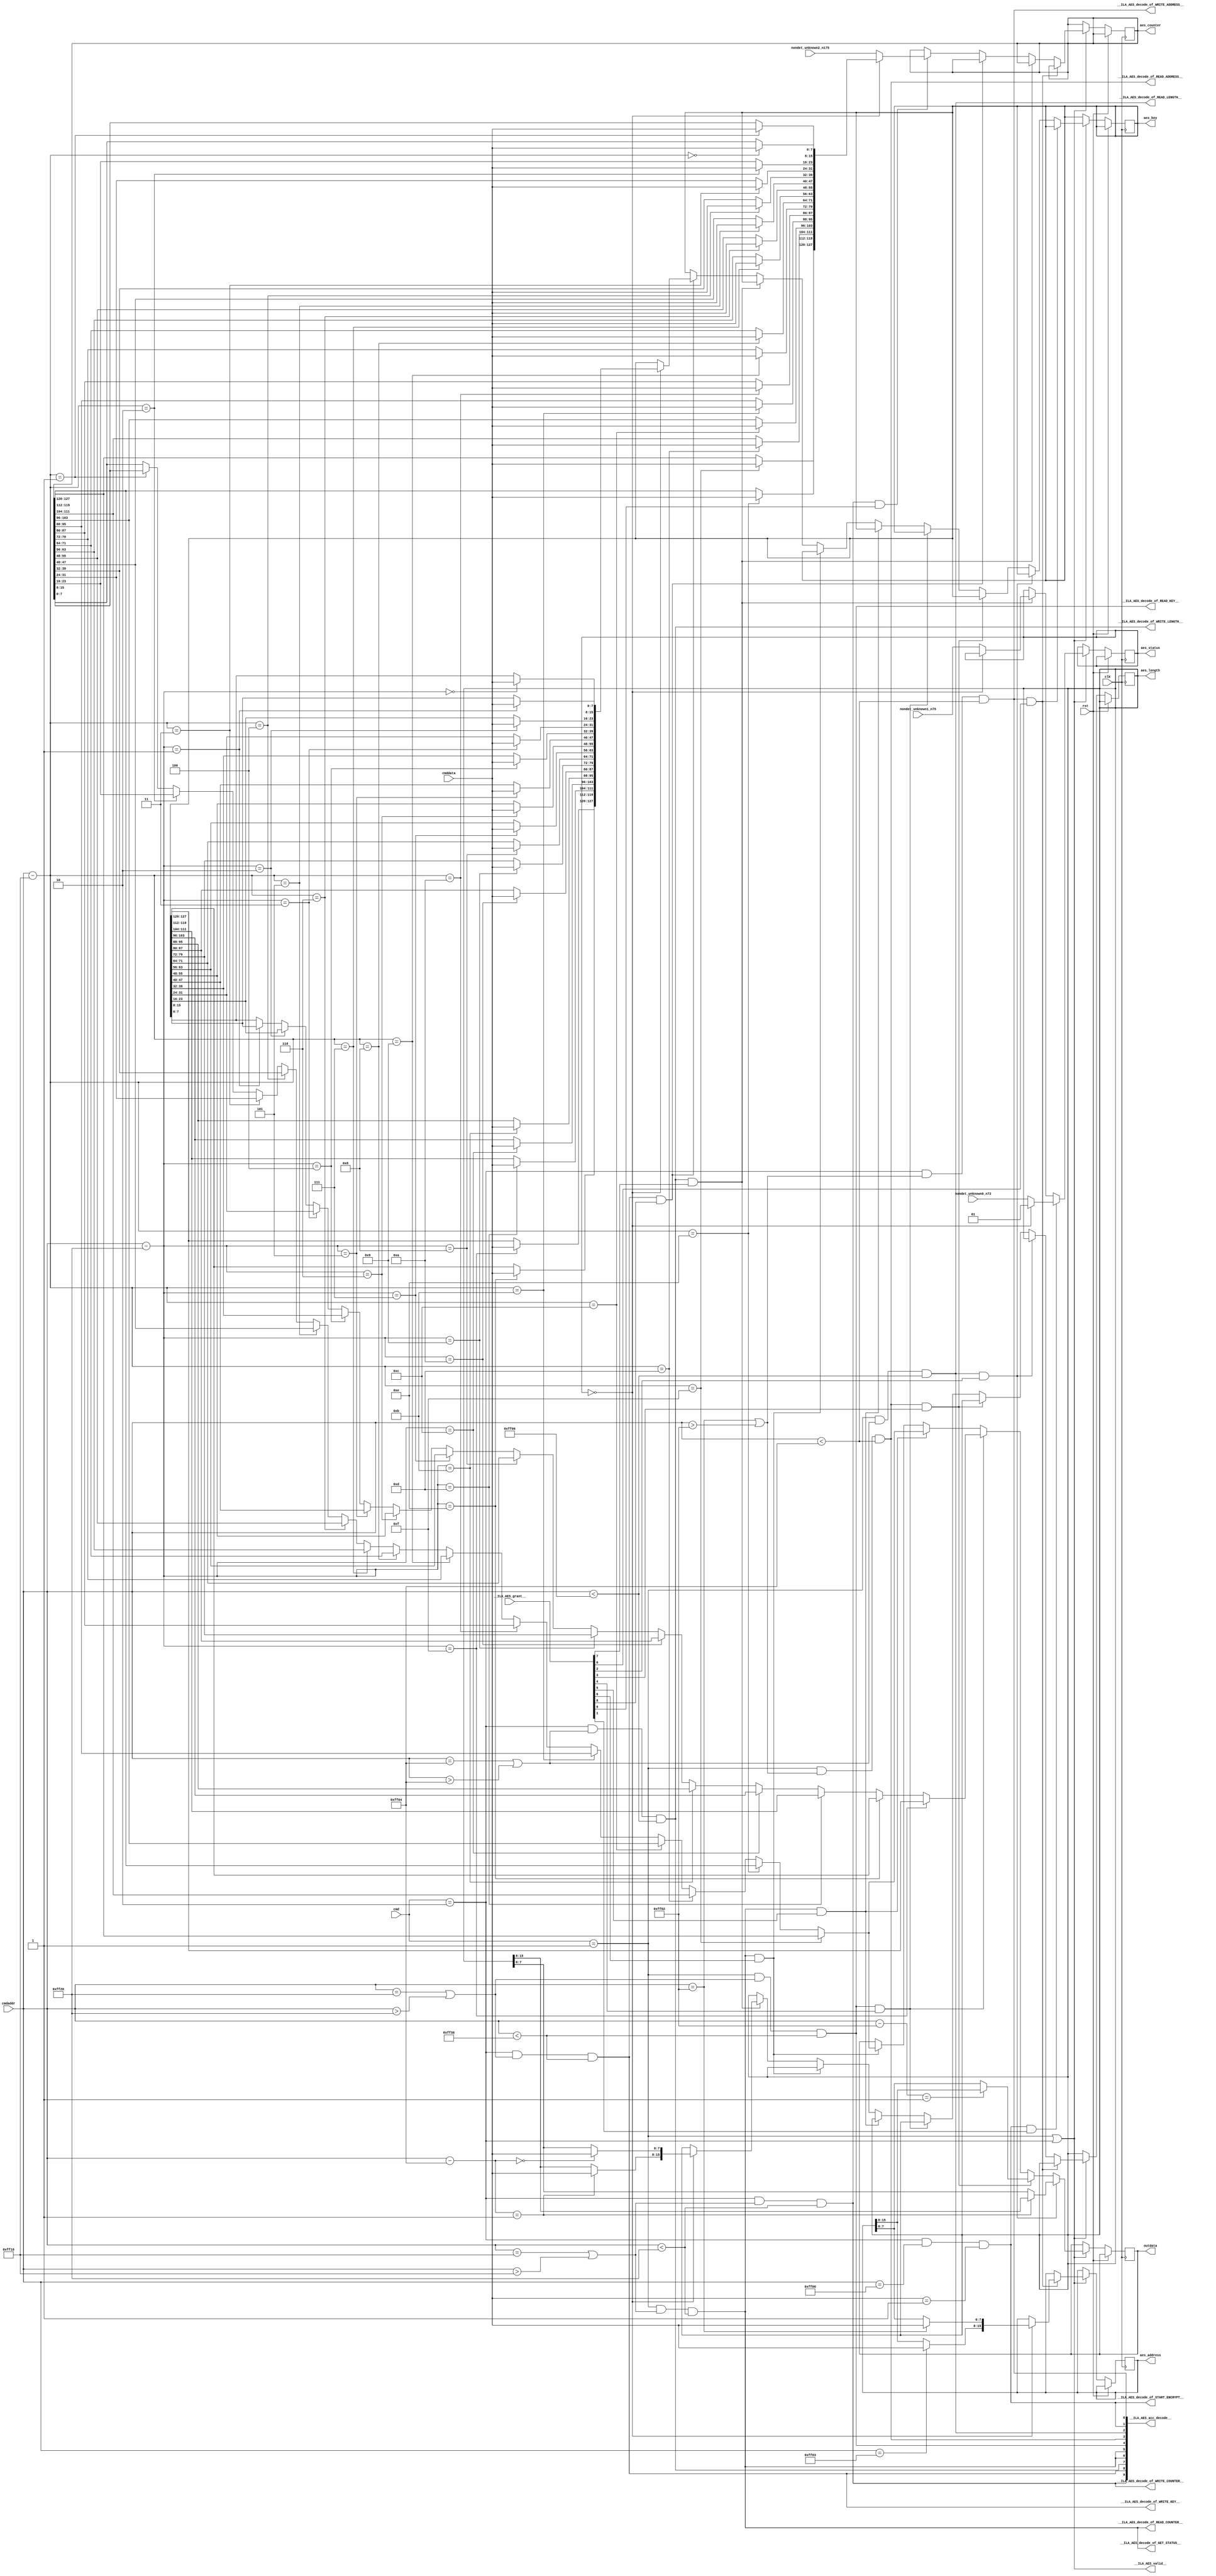
module AES(
__ILA_AES_grant__,
clk,
cmd,
cmdaddr,
cmddata,
nondet_unknown0_n72,
nondet_unknown1_n75,
nondet_unknown2_n175,
rst,
__ILA_AES_acc_decode__,
__ILA_AES_decode_of_GET_STATUS__,
__ILA_AES_decode_of_READ_ADDRESS__,
__ILA_AES_decode_of_READ_COUNTER__,
__ILA_AES_decode_of_READ_KEY__,
__ILA_AES_decode_of_READ_LENGTH__,
__ILA_AES_decode_of_START_ENCRYPT__,
__ILA_AES_decode_of_WRITE_ADDRESS__,
__ILA_AES_decode_of_WRITE_COUNTER__,
__ILA_AES_decode_of_WRITE_KEY__,
__ILA_AES_decode_of_WRITE_LENGTH__,
__ILA_AES_valid__,
aes_status,
aes_address,
aes_length,
aes_counter,
aes_key,
outdata
);
input      [9:0] __ILA_AES_grant__;
input            clk;
input      [1:0] cmd;
input     [15:0] cmdaddr;
input      [7:0] cmddata;
input      [1:0] nondet_unknown0_n72;
input      [1:0] nondet_unknown1_n75;
input    [127:0] nondet_unknown2_n175;
input            rst;
output      [9:0] __ILA_AES_acc_decode__;
output            __ILA_AES_decode_of_GET_STATUS__;
output            __ILA_AES_decode_of_READ_ADDRESS__;
output            __ILA_AES_decode_of_READ_COUNTER__;
output            __ILA_AES_decode_of_READ_KEY__;
output            __ILA_AES_decode_of_READ_LENGTH__;
output            __ILA_AES_decode_of_START_ENCRYPT__;
output            __ILA_AES_decode_of_WRITE_ADDRESS__;
output            __ILA_AES_decode_of_WRITE_COUNTER__;
output            __ILA_AES_decode_of_WRITE_KEY__;
output            __ILA_AES_decode_of_WRITE_LENGTH__;
output            __ILA_AES_valid__;
output reg      [1:0] aes_status;
output reg     [15:0] aes_address;
output reg     [15:0] aes_length;
output reg    [127:0] aes_counter;
output reg    [127:0] aes_key;
output reg      [7:0] outdata;
wire      [9:0] __ILA_AES_acc_decode__;
wire            __ILA_AES_decode_of_GET_STATUS__;
wire            __ILA_AES_decode_of_READ_ADDRESS__;
wire            __ILA_AES_decode_of_READ_COUNTER__;
wire            __ILA_AES_decode_of_READ_KEY__;
wire            __ILA_AES_decode_of_READ_LENGTH__;
wire            __ILA_AES_decode_of_START_ENCRYPT__;
wire            __ILA_AES_decode_of_WRITE_ADDRESS__;
wire            __ILA_AES_decode_of_WRITE_COUNTER__;
wire            __ILA_AES_decode_of_WRITE_KEY__;
wire            __ILA_AES_decode_of_WRITE_LENGTH__;
wire      [9:0] __ILA_AES_grant__;
wire            __ILA_AES_valid__;
wire            clk;
wire      [1:0] cmd;
wire     [15:0] cmdaddr;
wire      [7:0] cmddata;
wire            n0;
wire            n1;
wire            n10;
wire     [15:0] n100;
wire            n101;
wire      [7:0] n102;
wire      [7:0] n103;
wire     [15:0] n104;
wire            n105;
wire      [7:0] n106;
wire      [7:0] n107;
wire     [15:0] n108;
wire            n109;
wire            n11;
wire      [7:0] n110;
wire      [7:0] n111;
wire     [15:0] n112;
wire            n113;
wire      [7:0] n114;
wire      [7:0] n115;
wire     [15:0] n116;
wire            n117;
wire      [7:0] n118;
wire      [7:0] n119;
wire            n12;
wire     [15:0] n120;
wire            n121;
wire      [7:0] n122;
wire      [7:0] n123;
wire     [15:0] n124;
wire            n125;
wire      [7:0] n126;
wire      [7:0] n127;
wire     [15:0] n128;
wire            n129;
wire            n13;
wire      [7:0] n130;
wire      [7:0] n131;
wire     [15:0] n132;
wire            n133;
wire      [7:0] n134;
wire      [7:0] n135;
wire     [15:0] n136;
wire            n137;
wire      [7:0] n138;
wire      [7:0] n139;
wire            n14;
wire     [15:0] n140;
wire            n141;
wire      [7:0] n142;
wire      [7:0] n143;
wire     [15:0] n144;
wire            n145;
wire      [7:0] n146;
wire      [7:0] n147;
wire     [15:0] n148;
wire            n149;
wire            n15;
wire      [7:0] n150;
wire      [7:0] n151;
wire     [15:0] n152;
wire            n153;
wire      [7:0] n154;
wire      [7:0] n155;
wire     [15:0] n156;
wire            n157;
wire      [7:0] n158;
wire      [7:0] n159;
wire            n16;
wire     [15:0] n160;
wire     [23:0] n161;
wire     [31:0] n162;
wire     [39:0] n163;
wire     [47:0] n164;
wire     [55:0] n165;
wire     [63:0] n166;
wire     [71:0] n167;
wire     [79:0] n168;
wire     [87:0] n169;
wire            n17;
wire     [95:0] n170;
wire    [103:0] n171;
wire    [111:0] n172;
wire    [119:0] n173;
wire    [127:0] n174;
wire    [127:0] n176;
wire    [127:0] n177;
wire     [15:0] n178;
wire            n179;
wire            n18;
wire      [7:0] n180;
wire      [7:0] n181;
wire     [15:0] n182;
wire            n183;
wire      [7:0] n184;
wire      [7:0] n185;
wire     [15:0] n186;
wire            n187;
wire      [7:0] n188;
wire      [7:0] n189;
wire            n19;
wire     [15:0] n190;
wire            n191;
wire      [7:0] n192;
wire      [7:0] n193;
wire     [15:0] n194;
wire            n195;
wire      [7:0] n196;
wire      [7:0] n197;
wire     [15:0] n198;
wire            n199;
wire            n2;
wire            n20;
wire      [7:0] n200;
wire      [7:0] n201;
wire     [15:0] n202;
wire            n203;
wire      [7:0] n204;
wire      [7:0] n205;
wire     [15:0] n206;
wire            n207;
wire      [7:0] n208;
wire      [7:0] n209;
wire            n21;
wire     [15:0] n210;
wire            n211;
wire      [7:0] n212;
wire      [7:0] n213;
wire     [15:0] n214;
wire            n215;
wire      [7:0] n216;
wire      [7:0] n217;
wire     [15:0] n218;
wire            n219;
wire            n22;
wire      [7:0] n220;
wire      [7:0] n221;
wire     [15:0] n222;
wire            n223;
wire      [7:0] n224;
wire      [7:0] n225;
wire     [15:0] n226;
wire            n227;
wire      [7:0] n228;
wire      [7:0] n229;
wire            n23;
wire     [15:0] n230;
wire            n231;
wire      [7:0] n232;
wire      [7:0] n233;
wire     [15:0] n234;
wire            n235;
wire      [7:0] n236;
wire      [7:0] n237;
wire     [15:0] n238;
wire            n239;
wire            n24;
wire      [7:0] n240;
wire      [7:0] n241;
wire     [15:0] n242;
wire     [23:0] n243;
wire     [31:0] n244;
wire     [39:0] n245;
wire     [47:0] n246;
wire     [55:0] n247;
wire     [63:0] n248;
wire     [71:0] n249;
wire            n25;
wire     [79:0] n250;
wire     [87:0] n251;
wire     [95:0] n252;
wire    [103:0] n253;
wire    [111:0] n254;
wire    [119:0] n255;
wire    [127:0] n256;
wire    [127:0] n257;
wire     [15:0] n258;
wire            n259;
wire            n26;
wire      [7:0] n260;
wire      [7:0] n261;
wire      [7:0] n262;
wire     [15:0] n263;
wire            n264;
wire      [7:0] n265;
wire      [7:0] n266;
wire      [7:0] n267;
wire     [15:0] n268;
wire            n269;
wire            n27;
wire      [7:0] n270;
wire     [15:0] n271;
wire            n272;
wire      [7:0] n273;
wire     [15:0] n274;
wire            n275;
wire      [7:0] n276;
wire     [15:0] n277;
wire            n278;
wire      [7:0] n279;
wire            n28;
wire     [15:0] n280;
wire            n281;
wire      [7:0] n282;
wire     [15:0] n283;
wire            n284;
wire      [7:0] n285;
wire     [15:0] n286;
wire            n287;
wire      [7:0] n288;
wire     [15:0] n289;
wire            n29;
wire            n290;
wire      [7:0] n291;
wire     [15:0] n292;
wire            n293;
wire      [7:0] n294;
wire     [15:0] n295;
wire            n296;
wire      [7:0] n297;
wire     [15:0] n298;
wire            n299;
wire            n3;
wire            n30;
wire      [7:0] n300;
wire     [15:0] n301;
wire            n302;
wire      [7:0] n303;
wire     [15:0] n304;
wire            n305;
wire      [7:0] n306;
wire     [15:0] n307;
wire            n308;
wire      [7:0] n309;
wire            n31;
wire     [15:0] n310;
wire            n311;
wire      [7:0] n312;
wire      [7:0] n313;
wire      [7:0] n314;
wire      [7:0] n315;
wire      [7:0] n316;
wire      [7:0] n317;
wire      [7:0] n318;
wire      [7:0] n319;
wire            n32;
wire      [7:0] n320;
wire      [7:0] n321;
wire      [7:0] n322;
wire      [7:0] n323;
wire      [7:0] n324;
wire      [7:0] n325;
wire      [7:0] n326;
wire      [7:0] n327;
wire      [7:0] n328;
wire     [15:0] n329;
wire            n33;
wire            n330;
wire      [7:0] n331;
wire     [15:0] n332;
wire            n333;
wire      [7:0] n334;
wire     [15:0] n335;
wire            n336;
wire      [7:0] n337;
wire     [15:0] n338;
wire            n339;
wire            n34;
wire      [7:0] n340;
wire     [15:0] n341;
wire            n342;
wire      [7:0] n343;
wire     [15:0] n344;
wire            n345;
wire      [7:0] n346;
wire     [15:0] n347;
wire            n348;
wire      [7:0] n349;
wire            n35;
wire     [15:0] n350;
wire            n351;
wire      [7:0] n352;
wire     [15:0] n353;
wire            n354;
wire      [7:0] n355;
wire     [15:0] n356;
wire            n357;
wire      [7:0] n358;
wire     [15:0] n359;
wire            n36;
wire            n360;
wire      [7:0] n361;
wire     [15:0] n362;
wire            n363;
wire      [7:0] n364;
wire     [15:0] n365;
wire            n366;
wire      [7:0] n367;
wire     [15:0] n368;
wire            n369;
wire            n37;
wire      [7:0] n370;
wire     [15:0] n371;
wire            n372;
wire      [7:0] n373;
wire      [7:0] n374;
wire      [7:0] n375;
wire      [7:0] n376;
wire      [7:0] n377;
wire      [7:0] n378;
wire      [7:0] n379;
wire            n38;
wire      [7:0] n380;
wire      [7:0] n381;
wire      [7:0] n382;
wire      [7:0] n383;
wire      [7:0] n384;
wire      [7:0] n385;
wire      [7:0] n386;
wire      [7:0] n387;
wire      [7:0] n388;
wire      [7:0] n389;
wire            n39;
wire     [15:0] n390;
wire            n391;
wire      [7:0] n392;
wire     [15:0] n393;
wire            n394;
wire      [7:0] n395;
wire     [15:0] n396;
wire            n397;
wire      [7:0] n398;
wire     [15:0] n399;
wire            n4;
wire            n40;
wire            n400;
wire      [7:0] n401;
wire     [15:0] n402;
wire            n403;
wire      [7:0] n404;
wire     [15:0] n405;
wire            n406;
wire      [7:0] n407;
wire     [15:0] n408;
wire            n409;
wire            n41;
wire      [7:0] n410;
wire     [15:0] n411;
wire            n412;
wire      [7:0] n413;
wire     [15:0] n414;
wire            n415;
wire      [7:0] n416;
wire     [15:0] n417;
wire            n418;
wire      [7:0] n419;
wire            n42;
wire     [15:0] n420;
wire            n421;
wire      [7:0] n422;
wire     [15:0] n423;
wire            n424;
wire      [7:0] n425;
wire     [15:0] n426;
wire            n427;
wire      [7:0] n428;
wire     [15:0] n429;
wire            n43;
wire            n430;
wire      [7:0] n431;
wire     [15:0] n432;
wire            n433;
wire      [7:0] n434;
wire      [7:0] n435;
wire      [7:0] n436;
wire      [7:0] n437;
wire      [7:0] n438;
wire      [7:0] n439;
wire            n44;
wire      [7:0] n440;
wire      [7:0] n441;
wire      [7:0] n442;
wire      [7:0] n443;
wire      [7:0] n444;
wire      [7:0] n445;
wire      [7:0] n446;
wire      [7:0] n447;
wire      [7:0] n448;
wire      [7:0] n449;
wire            n45;
wire      [7:0] n450;
wire            n46;
wire            n47;
wire            n48;
wire            n49;
wire            n5;
wire            n50;
wire            n51;
wire            n52;
wire            n53;
wire            n54;
wire            n55;
wire            n56;
wire            n57;
wire            n58;
wire            n59;
wire            n6;
wire            n60;
wire            n61;
wire            n62;
wire            n63;
wire            n64;
wire            n65;
wire            n66;
wire            n67;
wire            n68;
wire            n69;
wire            n7;
wire            n70;
wire            n71;
wire      [1:0] n73;
wire      [1:0] n74;
wire      [1:0] n76;
wire      [1:0] n77;
wire            n78;
wire      [7:0] n79;
wire            n8;
wire      [7:0] n80;
wire            n81;
wire      [7:0] n82;
wire      [7:0] n83;
wire     [15:0] n84;
wire     [15:0] n85;
wire     [15:0] n86;
wire            n87;
wire      [7:0] n88;
wire      [7:0] n89;
wire            n9;
wire     [15:0] n90;
wire            n91;
wire      [7:0] n92;
wire      [7:0] n93;
wire     [15:0] n94;
wire     [15:0] n95;
wire     [15:0] n96;
wire            n97;
wire      [7:0] n98;
wire      [7:0] n99;
wire      [1:0] nondet_unknown0_n72;
wire      [1:0] nondet_unknown1_n75;
wire    [127:0] nondet_unknown2_n175;
wire            rst;
assign n0 =  ( cmd ) == ( 2'd1 )  ;
assign n1 =  ( cmd ) == ( 2'd2 )  ;
assign n2 =  ( n0 ) | ( n1 )  ;
assign __ILA_AES_valid__ = n2 ;
assign n3 =  ( cmd ) == ( 2'd2 )  ;
assign n4 =  ( cmdaddr ) == ( 16'd65282 )  ;
assign n5 =  ( cmdaddr ) > ( 16'd65282 )  ;
assign n6 =  ( n4 ) | ( n5 )  ;
assign n7 =  ( n3 ) & (n6 )  ;
assign n8 =  ( cmdaddr ) < ( 16'd65284 )  ;
assign n9 =  ( n7 ) & (n8 )  ;
assign __ILA_AES_decode_of_WRITE_ADDRESS__ = n9 ;
assign __ILA_AES_acc_decode__[0] = __ILA_AES_decode_of_WRITE_ADDRESS__ ;
assign n10 =  ( cmd ) == ( 2'd2 )  ;
assign n11 =  ( cmdaddr ) == ( 16'd65280 )  ;
assign n12 =  ( n10 ) & (n11 )  ;
assign n13 =  ( cmddata ) == ( 8'd1 )  ;
assign n14 =  ( n12 ) & (n13 )  ;
assign __ILA_AES_decode_of_START_ENCRYPT__ = n14 ;
assign __ILA_AES_acc_decode__[1] = __ILA_AES_decode_of_START_ENCRYPT__ ;
assign n15 =  ( cmd ) == ( 2'd1 )  ;
assign n16 =  ( cmdaddr ) == ( 16'd65284 )  ;
assign n17 =  ( cmdaddr ) > ( 16'd65284 )  ;
assign n18 =  ( n16 ) | ( n17 )  ;
assign n19 =  ( n15 ) & (n18 )  ;
assign n20 =  ( cmdaddr ) < ( 16'd65286 )  ;
assign n21 =  ( n19 ) & (n20 )  ;
assign __ILA_AES_decode_of_READ_LENGTH__ = n21 ;
assign __ILA_AES_acc_decode__[2] = __ILA_AES_decode_of_READ_LENGTH__ ;
assign n22 =  ( cmd ) == ( 2'd1 )  ;
assign n23 =  ( cmdaddr ) == ( 16'd65282 )  ;
assign n24 =  ( cmdaddr ) > ( 16'd65282 )  ;
assign n25 =  ( n23 ) | ( n24 )  ;
assign n26 =  ( n22 ) & (n25 )  ;
assign n27 =  ( cmdaddr ) < ( 16'd65284 )  ;
assign n28 =  ( n26 ) & (n27 )  ;
assign __ILA_AES_decode_of_READ_ADDRESS__ = n28 ;
assign __ILA_AES_acc_decode__[3] = __ILA_AES_decode_of_READ_ADDRESS__ ;
assign n29 =  ( cmd ) == ( 2'd1 )  ;
assign n30 =  ( cmdaddr ) == ( 16'd65312 )  ;
assign n31 =  ( cmdaddr ) > ( 16'd65312 )  ;
assign n32 =  ( n30 ) | ( n31 )  ;
assign n33 =  ( n29 ) & (n32 )  ;
assign n34 =  ( cmdaddr ) < ( 16'd65328 )  ;
assign n35 =  ( n33 ) & (n34 )  ;
assign __ILA_AES_decode_of_READ_KEY__ = n35 ;
assign __ILA_AES_acc_decode__[4] = __ILA_AES_decode_of_READ_KEY__ ;
assign n36 =  ( cmd ) == ( 2'd1 )  ;
assign n37 =  ( cmdaddr ) == ( 16'd65296 )  ;
assign n38 =  ( cmdaddr ) > ( 16'd65296 )  ;
assign n39 =  ( n37 ) | ( n38 )  ;
assign n40 =  ( n36 ) & (n39 )  ;
assign n41 =  ( cmdaddr ) < ( 16'd65312 )  ;
assign n42 =  ( n40 ) & (n41 )  ;
assign __ILA_AES_decode_of_READ_COUNTER__ = n42 ;
assign __ILA_AES_acc_decode__[5] = __ILA_AES_decode_of_READ_COUNTER__ ;
assign n43 =  ( cmd ) == ( 2'd1 )  ;
assign n44 =  ( cmdaddr ) == ( 16'd65296 )  ;
assign n45 =  ( cmdaddr ) > ( 16'd65296 )  ;
assign n46 =  ( n44 ) | ( n45 )  ;
assign n47 =  ( n43 ) & (n46 )  ;
assign n48 =  ( cmdaddr ) < ( 16'd65312 )  ;
assign n49 =  ( n47 ) & (n48 )  ;
assign __ILA_AES_decode_of_GET_STATUS__ = n49 ;
assign __ILA_AES_acc_decode__[6] = __ILA_AES_decode_of_GET_STATUS__ ;
assign n50 =  ( cmd ) == ( 2'd2 )  ;
assign n51 =  ( cmdaddr ) == ( 16'd65284 )  ;
assign n52 =  ( cmdaddr ) > ( 16'd65284 )  ;
assign n53 =  ( n51 ) | ( n52 )  ;
assign n54 =  ( n50 ) & (n53 )  ;
assign n55 =  ( cmdaddr ) < ( 16'd65286 )  ;
assign n56 =  ( n54 ) & (n55 )  ;
assign __ILA_AES_decode_of_WRITE_LENGTH__ = n56 ;
assign __ILA_AES_acc_decode__[7] = __ILA_AES_decode_of_WRITE_LENGTH__ ;
assign n57 =  ( cmd ) == ( 2'd2 )  ;
assign n58 =  ( cmdaddr ) == ( 16'd65312 )  ;
assign n59 =  ( cmdaddr ) > ( 16'd65312 )  ;
assign n60 =  ( n58 ) | ( n59 )  ;
assign n61 =  ( n57 ) & (n60 )  ;
assign n62 =  ( cmdaddr ) < ( 16'd65328 )  ;
assign n63 =  ( n61 ) & (n62 )  ;
assign __ILA_AES_decode_of_WRITE_KEY__ = n63 ;
assign __ILA_AES_acc_decode__[8] = __ILA_AES_decode_of_WRITE_KEY__ ;
assign n64 =  ( cmd ) == ( 2'd2 )  ;
assign n65 =  ( cmdaddr ) == ( 16'd65296 )  ;
assign n66 =  ( cmdaddr ) > ( 16'd65296 )  ;
assign n67 =  ( n65 ) | ( n66 )  ;
assign n68 =  ( n64 ) & (n67 )  ;
assign n69 =  ( cmdaddr ) < ( 16'd65312 )  ;
assign n70 =  ( n68 ) & (n69 )  ;
assign __ILA_AES_decode_of_WRITE_COUNTER__ = n70 ;
assign __ILA_AES_acc_decode__[9] = __ILA_AES_decode_of_WRITE_COUNTER__ ;
assign n71 =  ( aes_status ) == ( 2'd0 )  ;
assign n73 = nondet_unknown0_n72 ;
assign n74 =  ( n71 ) ? ( 2'd1 ) : ( n73 ) ;
assign n76 = nondet_unknown1_n75 ;
assign n77 =  ( n71 ) ? ( aes_status ) : ( n76 ) ;
assign n78 =  ( cmdaddr ) == ( 16'd65283 )  ;
assign n79 = aes_address[15:8] ;
assign n80 =  ( n78 ) ? ( cmddata ) : ( n79 ) ;
assign n81 =  ( cmdaddr ) == ( 16'd65282 )  ;
assign n82 = aes_address[7:0] ;
assign n83 =  ( n81 ) ? ( cmddata ) : ( n82 ) ;
assign n84 =  { ( n80 ) , ( n83 ) }  ;
assign n85 =  ( n71 ) ? ( n84 ) : ( aes_address ) ;
assign n86 =  ( cmdaddr ) - ( 16'd65284 )  ;
assign n87 =  ( n86 ) == ( 16'd1 )  ;
assign n88 = aes_length[15:8] ;
assign n89 =  ( n87 ) ? ( cmddata ) : ( n88 ) ;
assign n90 =  ( cmdaddr ) - ( 16'd65284 )  ;
assign n91 =  ( n90 ) == ( 16'd0 )  ;
assign n92 = aes_length[7:0] ;
assign n93 =  ( n91 ) ? ( cmddata ) : ( n92 ) ;
assign n94 =  { ( n89 ) , ( n93 ) }  ;
assign n95 =  ( n71 ) ? ( n94 ) : ( aes_length ) ;
assign n96 =  ( cmdaddr ) - ( 16'd65296 )  ;
assign n97 =  ( n96 ) == ( 16'd15 )  ;
assign n98 = aes_counter[127:120] ;
assign n99 =  ( n97 ) ? ( cmddata ) : ( n98 ) ;
assign n100 =  ( cmdaddr ) - ( 16'd65296 )  ;
assign n101 =  ( n100 ) == ( 16'd14 )  ;
assign n102 = aes_counter[119:112] ;
assign n103 =  ( n101 ) ? ( cmddata ) : ( n102 ) ;
assign n104 =  ( cmdaddr ) - ( 16'd65296 )  ;
assign n105 =  ( n104 ) == ( 16'd13 )  ;
assign n106 = aes_counter[111:104] ;
assign n107 =  ( n105 ) ? ( cmddata ) : ( n106 ) ;
assign n108 =  ( cmdaddr ) - ( 16'd65296 )  ;
assign n109 =  ( n108 ) == ( 16'd12 )  ;
assign n110 = aes_counter[103:96] ;
assign n111 =  ( n109 ) ? ( cmddata ) : ( n110 ) ;
assign n112 =  ( cmdaddr ) - ( 16'd65296 )  ;
assign n113 =  ( n112 ) == ( 16'd11 )  ;
assign n114 = aes_counter[95:88] ;
assign n115 =  ( n113 ) ? ( cmddata ) : ( n114 ) ;
assign n116 =  ( cmdaddr ) - ( 16'd65296 )  ;
assign n117 =  ( n116 ) == ( 16'd10 )  ;
assign n118 = aes_counter[87:80] ;
assign n119 =  ( n117 ) ? ( cmddata ) : ( n118 ) ;
assign n120 =  ( cmdaddr ) - ( 16'd65296 )  ;
assign n121 =  ( n120 ) == ( 16'd9 )  ;
assign n122 = aes_counter[79:72] ;
assign n123 =  ( n121 ) ? ( cmddata ) : ( n122 ) ;
assign n124 =  ( cmdaddr ) - ( 16'd65296 )  ;
assign n125 =  ( n124 ) == ( 16'd8 )  ;
assign n126 = aes_counter[71:64] ;
assign n127 =  ( n125 ) ? ( cmddata ) : ( n126 ) ;
assign n128 =  ( cmdaddr ) - ( 16'd65296 )  ;
assign n129 =  ( n128 ) == ( 16'd7 )  ;
assign n130 = aes_counter[63:56] ;
assign n131 =  ( n129 ) ? ( cmddata ) : ( n130 ) ;
assign n132 =  ( cmdaddr ) - ( 16'd65296 )  ;
assign n133 =  ( n132 ) == ( 16'd6 )  ;
assign n134 = aes_counter[55:48] ;
assign n135 =  ( n133 ) ? ( cmddata ) : ( n134 ) ;
assign n136 =  ( cmdaddr ) - ( 16'd65296 )  ;
assign n137 =  ( n136 ) == ( 16'd5 )  ;
assign n138 = aes_counter[47:40] ;
assign n139 =  ( n137 ) ? ( cmddata ) : ( n138 ) ;
assign n140 =  ( cmdaddr ) - ( 16'd65296 )  ;
assign n141 =  ( n140 ) == ( 16'd4 )  ;
assign n142 = aes_counter[39:32] ;
assign n143 =  ( n141 ) ? ( cmddata ) : ( n142 ) ;
assign n144 =  ( cmdaddr ) - ( 16'd65296 )  ;
assign n145 =  ( n144 ) == ( 16'd3 )  ;
assign n146 = aes_counter[31:24] ;
assign n147 =  ( n145 ) ? ( cmddata ) : ( n146 ) ;
assign n148 =  ( cmdaddr ) - ( 16'd65296 )  ;
assign n149 =  ( n148 ) == ( 16'd2 )  ;
assign n150 = aes_counter[23:16] ;
assign n151 =  ( n149 ) ? ( cmddata ) : ( n150 ) ;
assign n152 =  ( cmdaddr ) - ( 16'd65296 )  ;
assign n153 =  ( n152 ) == ( 16'd1 )  ;
assign n154 = aes_counter[15:8] ;
assign n155 =  ( n153 ) ? ( cmddata ) : ( n154 ) ;
assign n156 =  ( cmdaddr ) - ( 16'd65296 )  ;
assign n157 =  ( n156 ) == ( 16'd0 )  ;
assign n158 = aes_counter[7:0] ;
assign n159 =  ( n157 ) ? ( cmddata ) : ( n158 ) ;
assign n160 =  { ( n155 ) , ( n159 ) }  ;
assign n161 =  { ( n151 ) , ( n160 ) }  ;
assign n162 =  { ( n147 ) , ( n161 ) }  ;
assign n163 =  { ( n143 ) , ( n162 ) }  ;
assign n164 =  { ( n139 ) , ( n163 ) }  ;
assign n165 =  { ( n135 ) , ( n164 ) }  ;
assign n166 =  { ( n131 ) , ( n165 ) }  ;
assign n167 =  { ( n127 ) , ( n166 ) }  ;
assign n168 =  { ( n123 ) , ( n167 ) }  ;
assign n169 =  { ( n119 ) , ( n168 ) }  ;
assign n170 =  { ( n115 ) , ( n169 ) }  ;
assign n171 =  { ( n111 ) , ( n170 ) }  ;
assign n172 =  { ( n107 ) , ( n171 ) }  ;
assign n173 =  { ( n103 ) , ( n172 ) }  ;
assign n174 =  { ( n99 ) , ( n173 ) }  ;
assign n176 = nondet_unknown2_n175 ;
assign n177 =  ( n71 ) ? ( n174 ) : ( n176 ) ;
assign n178 =  ( cmdaddr ) - ( 16'd65312 )  ;
assign n179 =  ( n178 ) == ( 16'd15 )  ;
assign n180 = aes_key[127:120] ;
assign n181 =  ( n179 ) ? ( cmddata ) : ( n180 ) ;
assign n182 =  ( cmdaddr ) - ( 16'd65312 )  ;
assign n183 =  ( n182 ) == ( 16'd14 )  ;
assign n184 = aes_key[119:112] ;
assign n185 =  ( n183 ) ? ( cmddata ) : ( n184 ) ;
assign n186 =  ( cmdaddr ) - ( 16'd65312 )  ;
assign n187 =  ( n186 ) == ( 16'd13 )  ;
assign n188 = aes_key[111:104] ;
assign n189 =  ( n187 ) ? ( cmddata ) : ( n188 ) ;
assign n190 =  ( cmdaddr ) - ( 16'd65312 )  ;
assign n191 =  ( n190 ) == ( 16'd12 )  ;
assign n192 = aes_key[103:96] ;
assign n193 =  ( n191 ) ? ( cmddata ) : ( n192 ) ;
assign n194 =  ( cmdaddr ) - ( 16'd65312 )  ;
assign n195 =  ( n194 ) == ( 16'd11 )  ;
assign n196 = aes_key[95:88] ;
assign n197 =  ( n195 ) ? ( cmddata ) : ( n196 ) ;
assign n198 =  ( cmdaddr ) - ( 16'd65312 )  ;
assign n199 =  ( n198 ) == ( 16'd10 )  ;
assign n200 = aes_key[87:80] ;
assign n201 =  ( n199 ) ? ( cmddata ) : ( n200 ) ;
assign n202 =  ( cmdaddr ) - ( 16'd65312 )  ;
assign n203 =  ( n202 ) == ( 16'd9 )  ;
assign n204 = aes_key[79:72] ;
assign n205 =  ( n203 ) ? ( cmddata ) : ( n204 ) ;
assign n206 =  ( cmdaddr ) - ( 16'd65312 )  ;
assign n207 =  ( n206 ) == ( 16'd8 )  ;
assign n208 = aes_key[71:64] ;
assign n209 =  ( n207 ) ? ( cmddata ) : ( n208 ) ;
assign n210 =  ( cmdaddr ) - ( 16'd65312 )  ;
assign n211 =  ( n210 ) == ( 16'd7 )  ;
assign n212 = aes_key[63:56] ;
assign n213 =  ( n211 ) ? ( cmddata ) : ( n212 ) ;
assign n214 =  ( cmdaddr ) - ( 16'd65312 )  ;
assign n215 =  ( n214 ) == ( 16'd6 )  ;
assign n216 = aes_key[55:48] ;
assign n217 =  ( n215 ) ? ( cmddata ) : ( n216 ) ;
assign n218 =  ( cmdaddr ) - ( 16'd65312 )  ;
assign n219 =  ( n218 ) == ( 16'd5 )  ;
assign n220 = aes_key[47:40] ;
assign n221 =  ( n219 ) ? ( cmddata ) : ( n220 ) ;
assign n222 =  ( cmdaddr ) - ( 16'd65312 )  ;
assign n223 =  ( n222 ) == ( 16'd4 )  ;
assign n224 = aes_key[39:32] ;
assign n225 =  ( n223 ) ? ( cmddata ) : ( n224 ) ;
assign n226 =  ( cmdaddr ) - ( 16'd65312 )  ;
assign n227 =  ( n226 ) == ( 16'd3 )  ;
assign n228 = aes_key[31:24] ;
assign n229 =  ( n227 ) ? ( cmddata ) : ( n228 ) ;
assign n230 =  ( cmdaddr ) - ( 16'd65312 )  ;
assign n231 =  ( n230 ) == ( 16'd2 )  ;
assign n232 = aes_key[23:16] ;
assign n233 =  ( n231 ) ? ( cmddata ) : ( n232 ) ;
assign n234 =  ( cmdaddr ) - ( 16'd65312 )  ;
assign n235 =  ( n234 ) == ( 16'd1 )  ;
assign n236 = aes_key[15:8] ;
assign n237 =  ( n235 ) ? ( cmddata ) : ( n236 ) ;
assign n238 =  ( cmdaddr ) - ( 16'd65312 )  ;
assign n239 =  ( n238 ) == ( 16'd0 )  ;
assign n240 = aes_key[7:0] ;
assign n241 =  ( n239 ) ? ( cmddata ) : ( n240 ) ;
assign n242 =  { ( n237 ) , ( n241 ) }  ;
assign n243 =  { ( n233 ) , ( n242 ) }  ;
assign n244 =  { ( n229 ) , ( n243 ) }  ;
assign n245 =  { ( n225 ) , ( n244 ) }  ;
assign n246 =  { ( n221 ) , ( n245 ) }  ;
assign n247 =  { ( n217 ) , ( n246 ) }  ;
assign n248 =  { ( n213 ) , ( n247 ) }  ;
assign n249 =  { ( n209 ) , ( n248 ) }  ;
assign n250 =  { ( n205 ) , ( n249 ) }  ;
assign n251 =  { ( n201 ) , ( n250 ) }  ;
assign n252 =  { ( n197 ) , ( n251 ) }  ;
assign n253 =  { ( n193 ) , ( n252 ) }  ;
assign n254 =  { ( n189 ) , ( n253 ) }  ;
assign n255 =  { ( n185 ) , ( n254 ) }  ;
assign n256 =  { ( n181 ) , ( n255 ) }  ;
assign n257 =  ( n71 ) ? ( n256 ) : ( aes_key ) ;
assign n258 =  ( cmdaddr ) - ( 16'd65284 )  ;
assign n259 =  ( n258 ) == ( 16'd1 )  ;
assign n260 = aes_length[15:8] ;
assign n261 = aes_length[7:0] ;
assign n262 =  ( n259 ) ? ( n260 ) : ( n261 ) ;
assign n263 =  ( cmdaddr ) - ( 16'd65282 )  ;
assign n264 =  ( n263 ) == ( 16'd1 )  ;
assign n265 = aes_address[15:8] ;
assign n266 = aes_address[7:0] ;
assign n267 =  ( n264 ) ? ( n265 ) : ( n266 ) ;
assign n268 =  ( cmdaddr ) - ( 16'd65312 )  ;
assign n269 =  ( n268 ) == ( 16'd15 )  ;
assign n270 = aes_key[127:120] ;
assign n271 =  ( cmdaddr ) - ( 16'd65312 )  ;
assign n272 =  ( n271 ) == ( 16'd14 )  ;
assign n273 = aes_key[119:112] ;
assign n274 =  ( cmdaddr ) - ( 16'd65312 )  ;
assign n275 =  ( n274 ) == ( 16'd13 )  ;
assign n276 = aes_key[111:104] ;
assign n277 =  ( cmdaddr ) - ( 16'd65312 )  ;
assign n278 =  ( n277 ) == ( 16'd12 )  ;
assign n279 = aes_key[103:96] ;
assign n280 =  ( cmdaddr ) - ( 16'd65312 )  ;
assign n281 =  ( n280 ) == ( 16'd11 )  ;
assign n282 = aes_key[95:88] ;
assign n283 =  ( cmdaddr ) - ( 16'd65312 )  ;
assign n284 =  ( n283 ) == ( 16'd10 )  ;
assign n285 = aes_key[87:80] ;
assign n286 =  ( cmdaddr ) - ( 16'd65312 )  ;
assign n287 =  ( n286 ) == ( 16'd9 )  ;
assign n288 = aes_key[79:72] ;
assign n289 =  ( cmdaddr ) - ( 16'd65312 )  ;
assign n290 =  ( n289 ) == ( 16'd8 )  ;
assign n291 = aes_key[71:64] ;
assign n292 =  ( cmdaddr ) - ( 16'd65312 )  ;
assign n293 =  ( n292 ) == ( 16'd7 )  ;
assign n294 = aes_key[63:56] ;
assign n295 =  ( cmdaddr ) - ( 16'd65312 )  ;
assign n296 =  ( n295 ) == ( 16'd6 )  ;
assign n297 = aes_key[55:48] ;
assign n298 =  ( cmdaddr ) - ( 16'd65312 )  ;
assign n299 =  ( n298 ) == ( 16'd5 )  ;
assign n300 = aes_key[47:40] ;
assign n301 =  ( cmdaddr ) - ( 16'd65312 )  ;
assign n302 =  ( n301 ) == ( 16'd4 )  ;
assign n303 = aes_key[39:32] ;
assign n304 =  ( cmdaddr ) - ( 16'd65312 )  ;
assign n305 =  ( n304 ) == ( 16'd3 )  ;
assign n306 = aes_key[31:24] ;
assign n307 =  ( cmdaddr ) - ( 16'd65312 )  ;
assign n308 =  ( n307 ) == ( 16'd2 )  ;
assign n309 = aes_key[23:16] ;
assign n310 =  ( cmdaddr ) - ( 16'd65312 )  ;
assign n311 =  ( n310 ) == ( 16'd1 )  ;
assign n312 = aes_key[15:8] ;
assign n313 = aes_key[7:0] ;
assign n314 =  ( n311 ) ? ( n312 ) : ( n313 ) ;
assign n315 =  ( n308 ) ? ( n309 ) : ( n314 ) ;
assign n316 =  ( n305 ) ? ( n306 ) : ( n315 ) ;
assign n317 =  ( n302 ) ? ( n303 ) : ( n316 ) ;
assign n318 =  ( n299 ) ? ( n300 ) : ( n317 ) ;
assign n319 =  ( n296 ) ? ( n297 ) : ( n318 ) ;
assign n320 =  ( n293 ) ? ( n294 ) : ( n319 ) ;
assign n321 =  ( n290 ) ? ( n291 ) : ( n320 ) ;
assign n322 =  ( n287 ) ? ( n288 ) : ( n321 ) ;
assign n323 =  ( n284 ) ? ( n285 ) : ( n322 ) ;
assign n324 =  ( n281 ) ? ( n282 ) : ( n323 ) ;
assign n325 =  ( n278 ) ? ( n279 ) : ( n324 ) ;
assign n326 =  ( n275 ) ? ( n276 ) : ( n325 ) ;
assign n327 =  ( n272 ) ? ( n273 ) : ( n326 ) ;
assign n328 =  ( n269 ) ? ( n270 ) : ( n327 ) ;
assign n329 =  ( cmdaddr ) - ( 16'd65296 )  ;
assign n330 =  ( n329 ) == ( 16'd15 )  ;
assign n331 = aes_counter[127:120] ;
assign n332 =  ( cmdaddr ) - ( 16'd65296 )  ;
assign n333 =  ( n332 ) == ( 16'd14 )  ;
assign n334 = aes_counter[119:112] ;
assign n335 =  ( cmdaddr ) - ( 16'd65296 )  ;
assign n336 =  ( n335 ) == ( 16'd13 )  ;
assign n337 = aes_counter[111:104] ;
assign n338 =  ( cmdaddr ) - ( 16'd65296 )  ;
assign n339 =  ( n338 ) == ( 16'd12 )  ;
assign n340 = aes_counter[103:96] ;
assign n341 =  ( cmdaddr ) - ( 16'd65296 )  ;
assign n342 =  ( n341 ) == ( 16'd11 )  ;
assign n343 = aes_counter[95:88] ;
assign n344 =  ( cmdaddr ) - ( 16'd65296 )  ;
assign n345 =  ( n344 ) == ( 16'd10 )  ;
assign n346 = aes_counter[87:80] ;
assign n347 =  ( cmdaddr ) - ( 16'd65296 )  ;
assign n348 =  ( n347 ) == ( 16'd9 )  ;
assign n349 = aes_counter[79:72] ;
assign n350 =  ( cmdaddr ) - ( 16'd65296 )  ;
assign n351 =  ( n350 ) == ( 16'd8 )  ;
assign n352 = aes_counter[71:64] ;
assign n353 =  ( cmdaddr ) - ( 16'd65296 )  ;
assign n354 =  ( n353 ) == ( 16'd7 )  ;
assign n355 = aes_counter[63:56] ;
assign n356 =  ( cmdaddr ) - ( 16'd65296 )  ;
assign n357 =  ( n356 ) == ( 16'd6 )  ;
assign n358 = aes_counter[55:48] ;
assign n359 =  ( cmdaddr ) - ( 16'd65296 )  ;
assign n360 =  ( n359 ) == ( 16'd5 )  ;
assign n361 = aes_counter[47:40] ;
assign n362 =  ( cmdaddr ) - ( 16'd65296 )  ;
assign n363 =  ( n362 ) == ( 16'd4 )  ;
assign n364 = aes_counter[39:32] ;
assign n365 =  ( cmdaddr ) - ( 16'd65296 )  ;
assign n366 =  ( n365 ) == ( 16'd3 )  ;
assign n367 = aes_counter[31:24] ;
assign n368 =  ( cmdaddr ) - ( 16'd65296 )  ;
assign n369 =  ( n368 ) == ( 16'd2 )  ;
assign n370 = aes_counter[23:16] ;
assign n371 =  ( cmdaddr ) - ( 16'd65296 )  ;
assign n372 =  ( n371 ) == ( 16'd1 )  ;
assign n373 = aes_counter[15:8] ;
assign n374 = aes_counter[7:0] ;
assign n375 =  ( n372 ) ? ( n373 ) : ( n374 ) ;
assign n376 =  ( n369 ) ? ( n370 ) : ( n375 ) ;
assign n377 =  ( n366 ) ? ( n367 ) : ( n376 ) ;
assign n378 =  ( n363 ) ? ( n364 ) : ( n377 ) ;
assign n379 =  ( n360 ) ? ( n361 ) : ( n378 ) ;
assign n380 =  ( n357 ) ? ( n358 ) : ( n379 ) ;
assign n381 =  ( n354 ) ? ( n355 ) : ( n380 ) ;
assign n382 =  ( n351 ) ? ( n352 ) : ( n381 ) ;
assign n383 =  ( n348 ) ? ( n349 ) : ( n382 ) ;
assign n384 =  ( n345 ) ? ( n346 ) : ( n383 ) ;
assign n385 =  ( n342 ) ? ( n343 ) : ( n384 ) ;
assign n386 =  ( n339 ) ? ( n340 ) : ( n385 ) ;
assign n387 =  ( n336 ) ? ( n337 ) : ( n386 ) ;
assign n388 =  ( n333 ) ? ( n334 ) : ( n387 ) ;
assign n389 =  ( n330 ) ? ( n331 ) : ( n388 ) ;
assign n390 =  ( cmdaddr ) - ( 16'd65296 )  ;
assign n391 =  ( n390 ) == ( 16'd15 )  ;
assign n392 = aes_counter[127:120] ;
assign n393 =  ( cmdaddr ) - ( 16'd65296 )  ;
assign n394 =  ( n393 ) == ( 16'd14 )  ;
assign n395 = aes_counter[119:112] ;
assign n396 =  ( cmdaddr ) - ( 16'd65296 )  ;
assign n397 =  ( n396 ) == ( 16'd13 )  ;
assign n398 = aes_counter[111:104] ;
assign n399 =  ( cmdaddr ) - ( 16'd65296 )  ;
assign n400 =  ( n399 ) == ( 16'd12 )  ;
assign n401 = aes_counter[103:96] ;
assign n402 =  ( cmdaddr ) - ( 16'd65296 )  ;
assign n403 =  ( n402 ) == ( 16'd11 )  ;
assign n404 = aes_counter[95:88] ;
assign n405 =  ( cmdaddr ) - ( 16'd65296 )  ;
assign n406 =  ( n405 ) == ( 16'd10 )  ;
assign n407 = aes_counter[87:80] ;
assign n408 =  ( cmdaddr ) - ( 16'd65296 )  ;
assign n409 =  ( n408 ) == ( 16'd9 )  ;
assign n410 = aes_counter[79:72] ;
assign n411 =  ( cmdaddr ) - ( 16'd65296 )  ;
assign n412 =  ( n411 ) == ( 16'd8 )  ;
assign n413 = aes_counter[71:64] ;
assign n414 =  ( cmdaddr ) - ( 16'd65296 )  ;
assign n415 =  ( n414 ) == ( 16'd7 )  ;
assign n416 = aes_counter[63:56] ;
assign n417 =  ( cmdaddr ) - ( 16'd65296 )  ;
assign n418 =  ( n417 ) == ( 16'd6 )  ;
assign n419 = aes_counter[55:48] ;
assign n420 =  ( cmdaddr ) - ( 16'd65296 )  ;
assign n421 =  ( n420 ) == ( 16'd5 )  ;
assign n422 = aes_counter[47:40] ;
assign n423 =  ( cmdaddr ) - ( 16'd65296 )  ;
assign n424 =  ( n423 ) == ( 16'd4 )  ;
assign n425 = aes_counter[39:32] ;
assign n426 =  ( cmdaddr ) - ( 16'd65296 )  ;
assign n427 =  ( n426 ) == ( 16'd3 )  ;
assign n428 = aes_counter[31:24] ;
assign n429 =  ( cmdaddr ) - ( 16'd65296 )  ;
assign n430 =  ( n429 ) == ( 16'd2 )  ;
assign n431 = aes_counter[23:16] ;
assign n432 =  ( cmdaddr ) - ( 16'd65296 )  ;
assign n433 =  ( n432 ) == ( 16'd1 )  ;
assign n434 = aes_counter[15:8] ;
assign n435 = aes_counter[7:0] ;
assign n436 =  ( n433 ) ? ( n434 ) : ( n435 ) ;
assign n437 =  ( n430 ) ? ( n431 ) : ( n436 ) ;
assign n438 =  ( n427 ) ? ( n428 ) : ( n437 ) ;
assign n439 =  ( n424 ) ? ( n425 ) : ( n438 ) ;
assign n440 =  ( n421 ) ? ( n422 ) : ( n439 ) ;
assign n441 =  ( n418 ) ? ( n419 ) : ( n440 ) ;
assign n442 =  ( n415 ) ? ( n416 ) : ( n441 ) ;
assign n443 =  ( n412 ) ? ( n413 ) : ( n442 ) ;
assign n444 =  ( n409 ) ? ( n410 ) : ( n443 ) ;
assign n445 =  ( n406 ) ? ( n407 ) : ( n444 ) ;
assign n446 =  ( n403 ) ? ( n404 ) : ( n445 ) ;
assign n447 =  ( n400 ) ? ( n401 ) : ( n446 ) ;
assign n448 =  ( n397 ) ? ( n398 ) : ( n447 ) ;
assign n449 =  ( n394 ) ? ( n395 ) : ( n448 ) ;
assign n450 =  ( n391 ) ? ( n392 ) : ( n449 ) ;
always @(posedge clk) begin
   if(rst) begin
   end
   else if(__ILA_AES_valid__) begin
       if ( __ILA_AES_decode_of_START_ENCRYPT__ && __ILA_AES_grant__[1] ) begin
           aes_status <= n74;
       end else if ( __ILA_AES_decode_of_WRITE_LENGTH__ && __ILA_AES_grant__[7] ) begin
           aes_status <= n77;
       end
       if ( __ILA_AES_decode_of_WRITE_ADDRESS__ && __ILA_AES_grant__[0] ) begin
           aes_address <= n85;
       end else if ( __ILA_AES_decode_of_READ_LENGTH__ && __ILA_AES_grant__[2] ) begin
           aes_address <= aes_address;
       end else if ( __ILA_AES_decode_of_READ_ADDRESS__ && __ILA_AES_grant__[3] ) begin
           aes_address <= aes_address;
       end else if ( __ILA_AES_decode_of_READ_KEY__ && __ILA_AES_grant__[4] ) begin
           aes_address <= aes_address;
       end else if ( __ILA_AES_decode_of_READ_COUNTER__ && __ILA_AES_grant__[5] ) begin
           aes_address <= aes_address;
       end else if ( __ILA_AES_decode_of_GET_STATUS__ && __ILA_AES_grant__[6] ) begin
           aes_address <= aes_address;
       end else if ( __ILA_AES_decode_of_WRITE_LENGTH__ && __ILA_AES_grant__[7] ) begin
           aes_address <= aes_address;
       end else if ( __ILA_AES_decode_of_WRITE_KEY__ && __ILA_AES_grant__[8] ) begin
           aes_address <= aes_address;
       end else if ( __ILA_AES_decode_of_WRITE_COUNTER__ && __ILA_AES_grant__[9] ) begin
           aes_address <= aes_address;
       end
       if ( __ILA_AES_decode_of_WRITE_ADDRESS__ && __ILA_AES_grant__[0] ) begin
           aes_length <= aes_length;
       end else if ( __ILA_AES_decode_of_READ_LENGTH__ && __ILA_AES_grant__[2] ) begin
           aes_length <= aes_length;
       end else if ( __ILA_AES_decode_of_READ_ADDRESS__ && __ILA_AES_grant__[3] ) begin
           aes_length <= aes_length;
       end else if ( __ILA_AES_decode_of_READ_KEY__ && __ILA_AES_grant__[4] ) begin
           aes_length <= aes_length;
       end else if ( __ILA_AES_decode_of_READ_COUNTER__ && __ILA_AES_grant__[5] ) begin
           aes_length <= aes_length;
       end else if ( __ILA_AES_decode_of_GET_STATUS__ && __ILA_AES_grant__[6] ) begin
           aes_length <= aes_length;
       end else if ( __ILA_AES_decode_of_WRITE_LENGTH__ && __ILA_AES_grant__[7] ) begin
           aes_length <= n95;
       end else if ( __ILA_AES_decode_of_WRITE_KEY__ && __ILA_AES_grant__[8] ) begin
           aes_length <= aes_length;
       end
       if ( __ILA_AES_decode_of_WRITE_ADDRESS__ && __ILA_AES_grant__[0] ) begin
           aes_counter <= aes_counter;
       end else if ( __ILA_AES_decode_of_WRITE_LENGTH__ && __ILA_AES_grant__[7] ) begin
           aes_counter <= aes_counter;
       end else if ( __ILA_AES_decode_of_WRITE_KEY__ && __ILA_AES_grant__[8] ) begin
           aes_counter <= aes_counter;
       end else if ( __ILA_AES_decode_of_WRITE_COUNTER__ && __ILA_AES_grant__[9] ) begin
           aes_counter <= n177;
       end
       if ( __ILA_AES_decode_of_WRITE_ADDRESS__ && __ILA_AES_grant__[0] ) begin
           aes_key <= aes_key;
       end else if ( __ILA_AES_decode_of_READ_LENGTH__ && __ILA_AES_grant__[2] ) begin
           aes_key <= aes_key;
       end else if ( __ILA_AES_decode_of_READ_ADDRESS__ && __ILA_AES_grant__[3] ) begin
           aes_key <= aes_key;
       end else if ( __ILA_AES_decode_of_READ_KEY__ && __ILA_AES_grant__[4] ) begin
           aes_key <= aes_key;
       end else if ( __ILA_AES_decode_of_READ_COUNTER__ && __ILA_AES_grant__[5] ) begin
           aes_key <= aes_key;
       end else if ( __ILA_AES_decode_of_GET_STATUS__ && __ILA_AES_grant__[6] ) begin
           aes_key <= aes_key;
       end else if ( __ILA_AES_decode_of_WRITE_LENGTH__ && __ILA_AES_grant__[7] ) begin
           aes_key <= aes_key;
       end else if ( __ILA_AES_decode_of_WRITE_KEY__ && __ILA_AES_grant__[8] ) begin
           aes_key <= n257;
       end else if ( __ILA_AES_decode_of_WRITE_COUNTER__ && __ILA_AES_grant__[9] ) begin
           aes_key <= aes_key;
       end
       if ( __ILA_AES_decode_of_READ_LENGTH__ && __ILA_AES_grant__[2] ) begin
           outdata <= n262;
       end else if ( __ILA_AES_decode_of_READ_ADDRESS__ && __ILA_AES_grant__[3] ) begin
           outdata <= n267;
       end else if ( __ILA_AES_decode_of_READ_KEY__ && __ILA_AES_grant__[4] ) begin
           outdata <= n328;
       end else if ( __ILA_AES_decode_of_READ_COUNTER__ && __ILA_AES_grant__[5] ) begin
           outdata <= n389;
       end else if ( __ILA_AES_decode_of_GET_STATUS__ && __ILA_AES_grant__[6] ) begin
           outdata <= n450;
       end
   end
end
endmodule